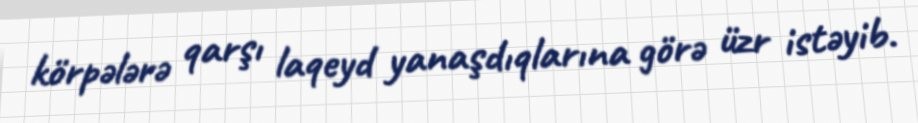
körpələrə qarşı laqeyd yanaşdıqlarına görə üzr istəyib.